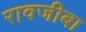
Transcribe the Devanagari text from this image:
रावजीबा